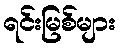
ရင်းမြစ်များ